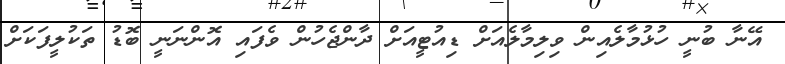
އޭނާ ބުނީ ހުޅުމާލެއިން ވިލިމާލެއަށް ޑިއުޓީއަށް ދާންޖެހުން ވެފައި އޮންނަނީ ބޮޑު ތަކުލީފަކަށް